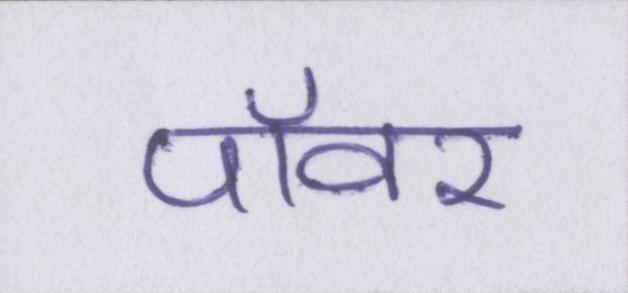
पॉवर